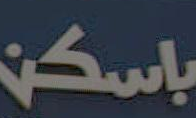
باسكن